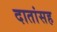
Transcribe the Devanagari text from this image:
दातांसह